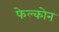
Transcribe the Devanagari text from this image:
फेल्कोन